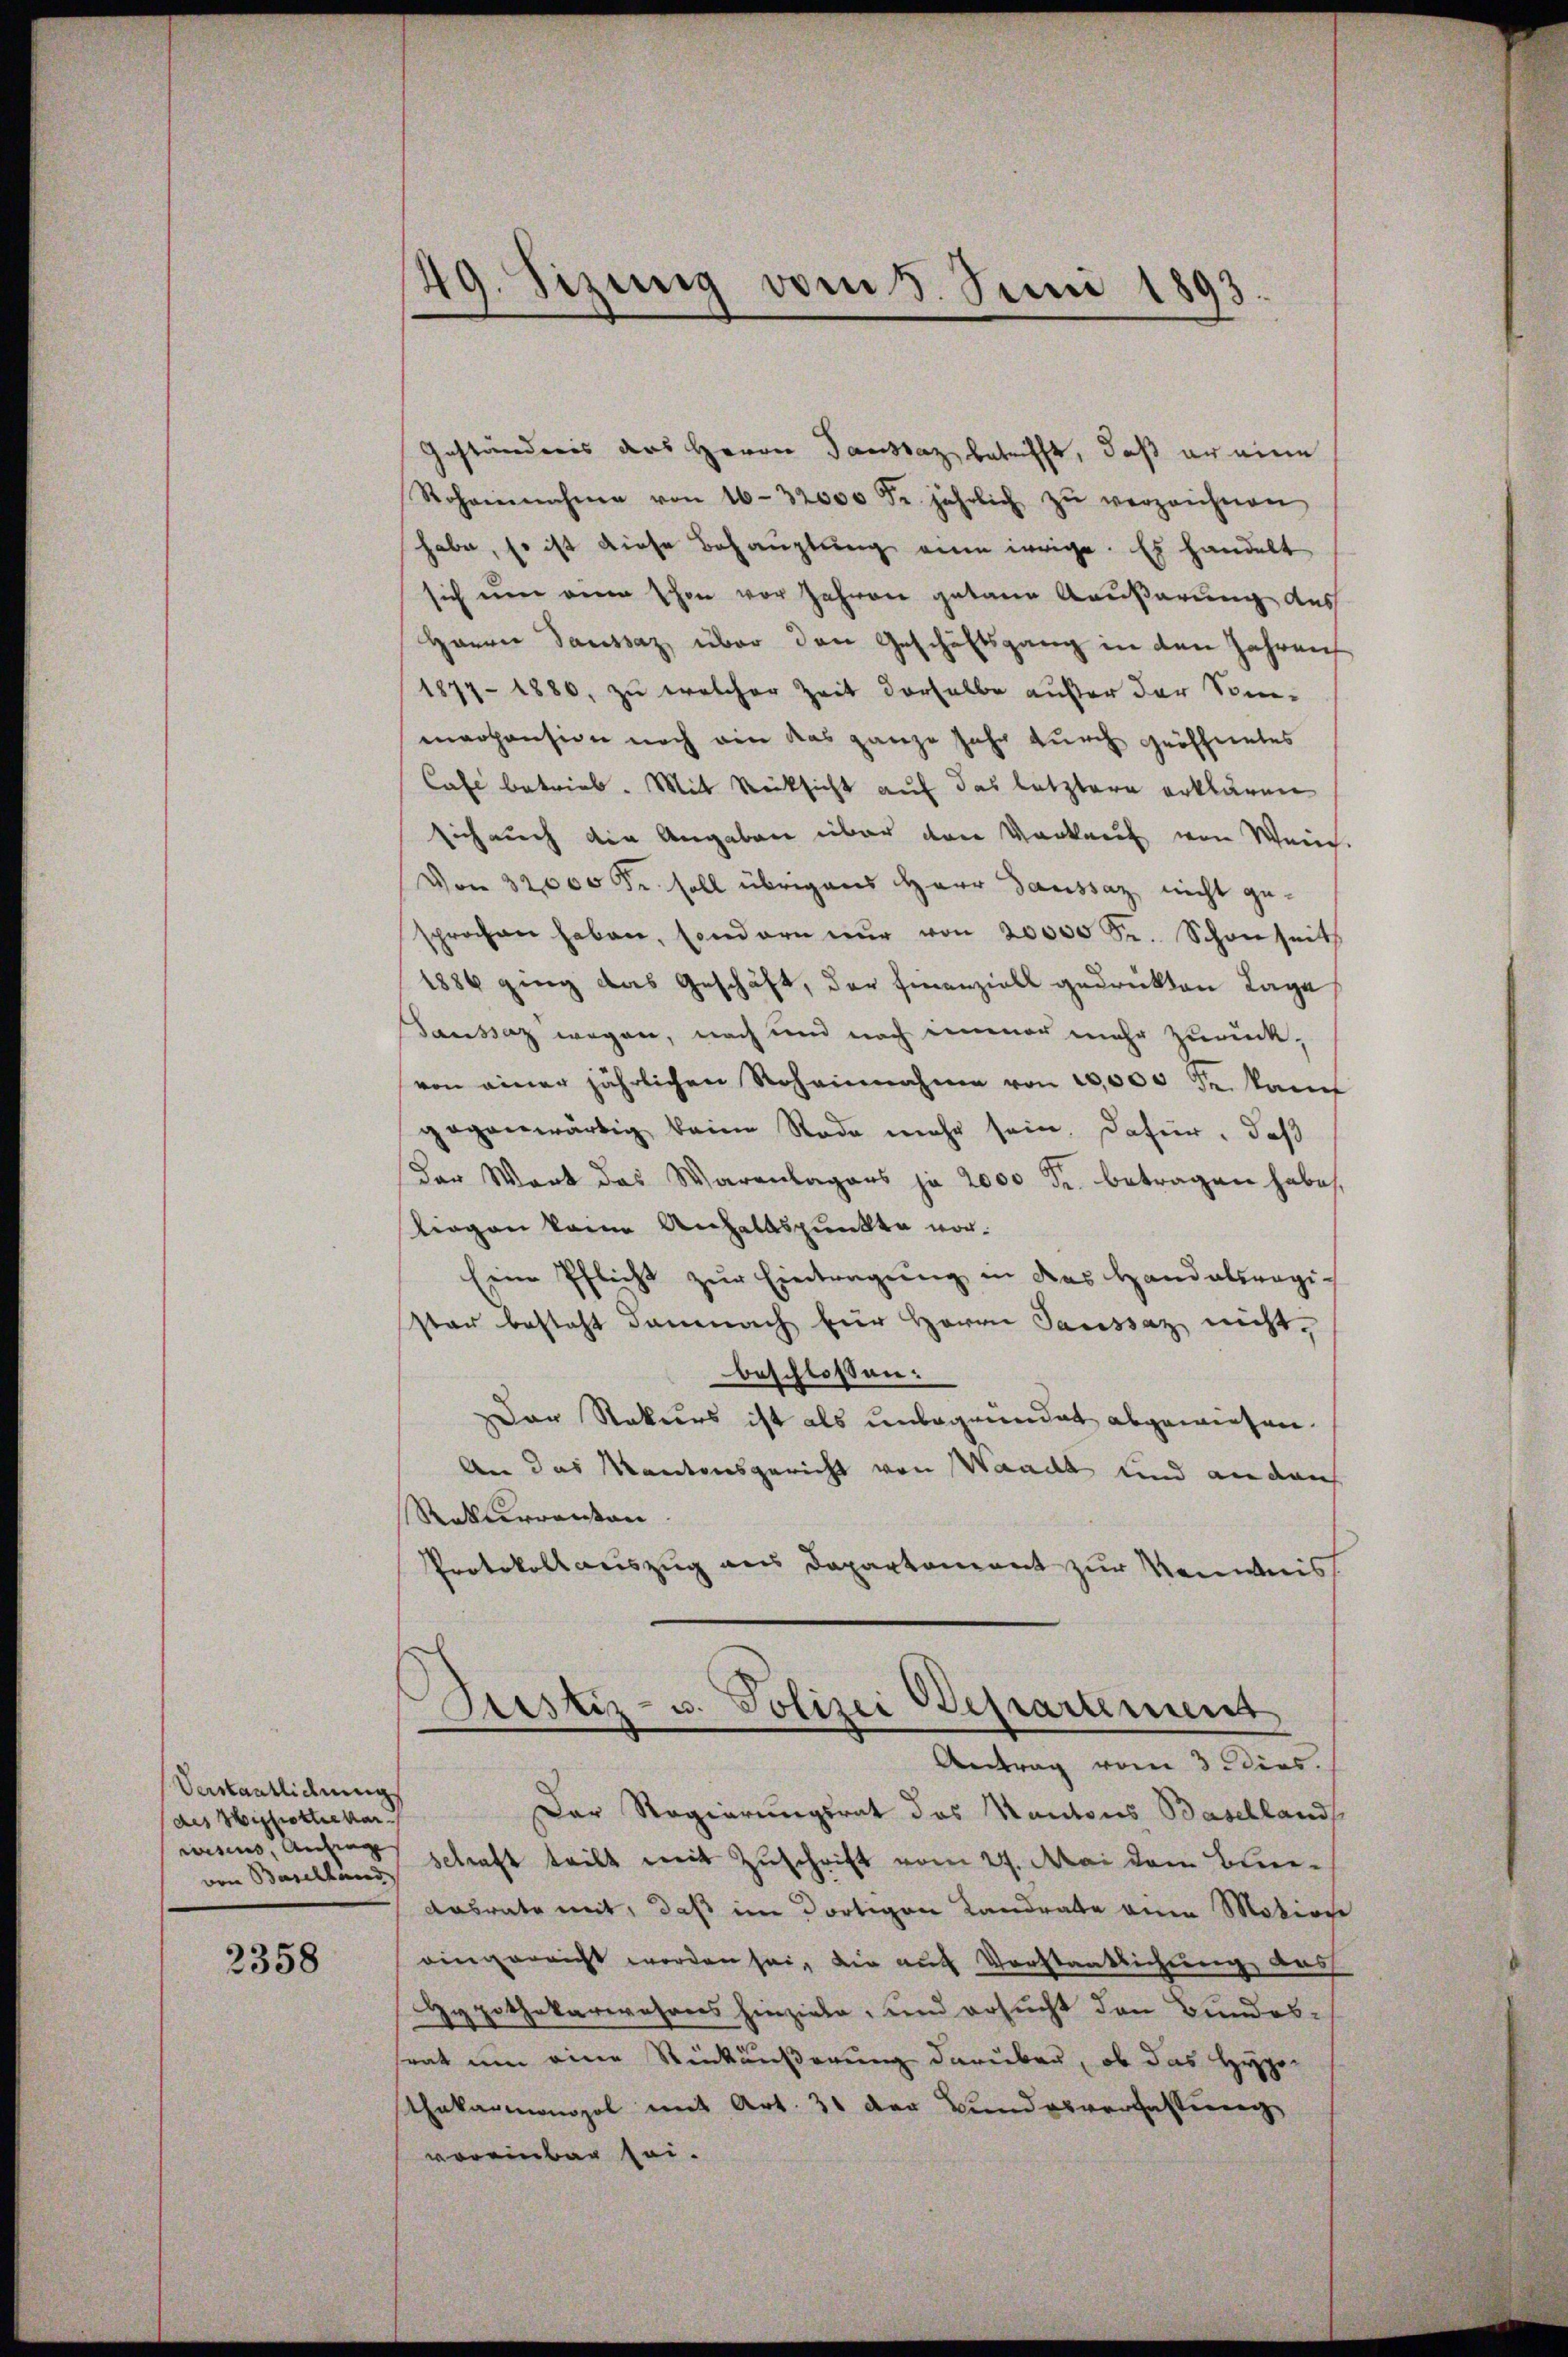
Verstantlichungs
des Hiphothekar
wesens, Anfang |
von Baselland

2358

49. Sizung vom 3. Juni 1893

Geständnis ders Herrn Sandsaz betrifft, daß er eine
Rohannahme von 16-32000 Fr. jährlich zŭ verzeichnen
habe, so ist diese Behauptung eine irrige. Es handelt
sich um eine schon vor Jahren getane Aeußerung des
Harrer Saussaz, über den Geschäftsgang in den Jahren
1877-1880, zu welcher Zeit derselbe außer der Sommaopension noch von das ganze Jahr durch geöffnetes
Café betrieb. Mit Rücksicht auf das letztere erklären
sich auch die Angaben über den Vorkauf von Wein.
Von 32000 Fr. soll übrigens Herr Gaussaz nicht gesprochen haben, sondern nŭr von 20000 Fr. Schönheit
1886 ging das Geschäft, der Finanziell gedrükten Lage
Saussaz wegen, nach und noch immer mehr zurückvon einer jährlichen Roheinnahmen von 10,000 Fr. kauf
gegenwärtig beim Rade mehr sein. Dafür, daß
Der Wort das Warenlagens ja 2000 Fr. betragen habe
liegen keine Anhaltspunkte vor¬
Eeie Pflicht zur Eintragung in des Handelsregister besteht demnach für Herrn Saussaz nicht,
beschloßen:
ar Rekurs ist als unbegründet abgewiesen.
An das Kantonsgericht von Waadt und an dah
Rakerrenten
Protokollauszug aus Departement zur Kenntniss
Justiz- u. Polizei Departement
Antrag vom 3 dies.
Der Regierungsrat das Kantons Basellands
schaft teilt mit Zuschrift vom 27. Mai dem Blie¬
Aasrate mit, daß im dortigen Landrate eine Motion
eingereicht worden sei, die auf Vorstaatlichung das
Hypothekarwesens hinziele, und ersucht den Bundessrat um eine Rückäußerung darüber, ob das Hypo
thakarmonopol mit Art. 31 der Bundesverfassung
voreinbar sei.